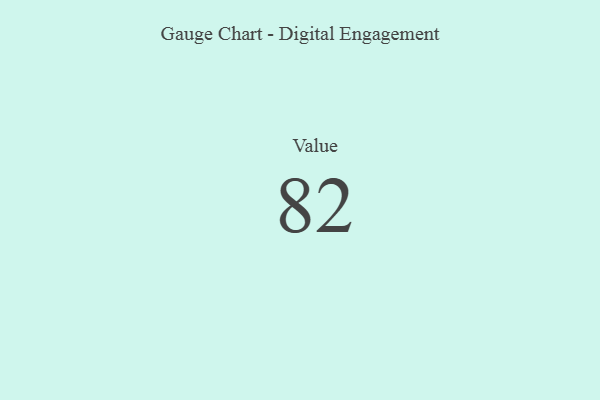
{"axis": {"x": "Metric", "y": "Value"}, "legend": [""], "data": [{"x": "Value", "y": 82, "type": ""}]}